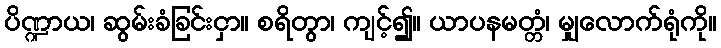
ပိဏ္ဍာယ၊ ဆွမ်းခံခြင်းငှာ။ စရိတွာ၊ ကျင့်၍။ ယာပနမတ္တံ၊ မျှလောက်ရုံကို။